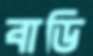
বাডি